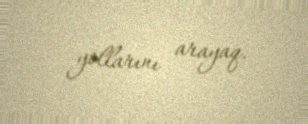
yollarını arayaq.